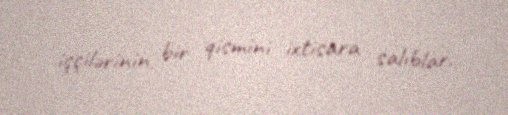
işçilərinin bir qismini ixtisara salıblar.